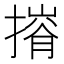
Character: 𢳕